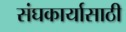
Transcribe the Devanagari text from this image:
संघकार्यासाठी